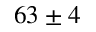
6 3 \pm 4